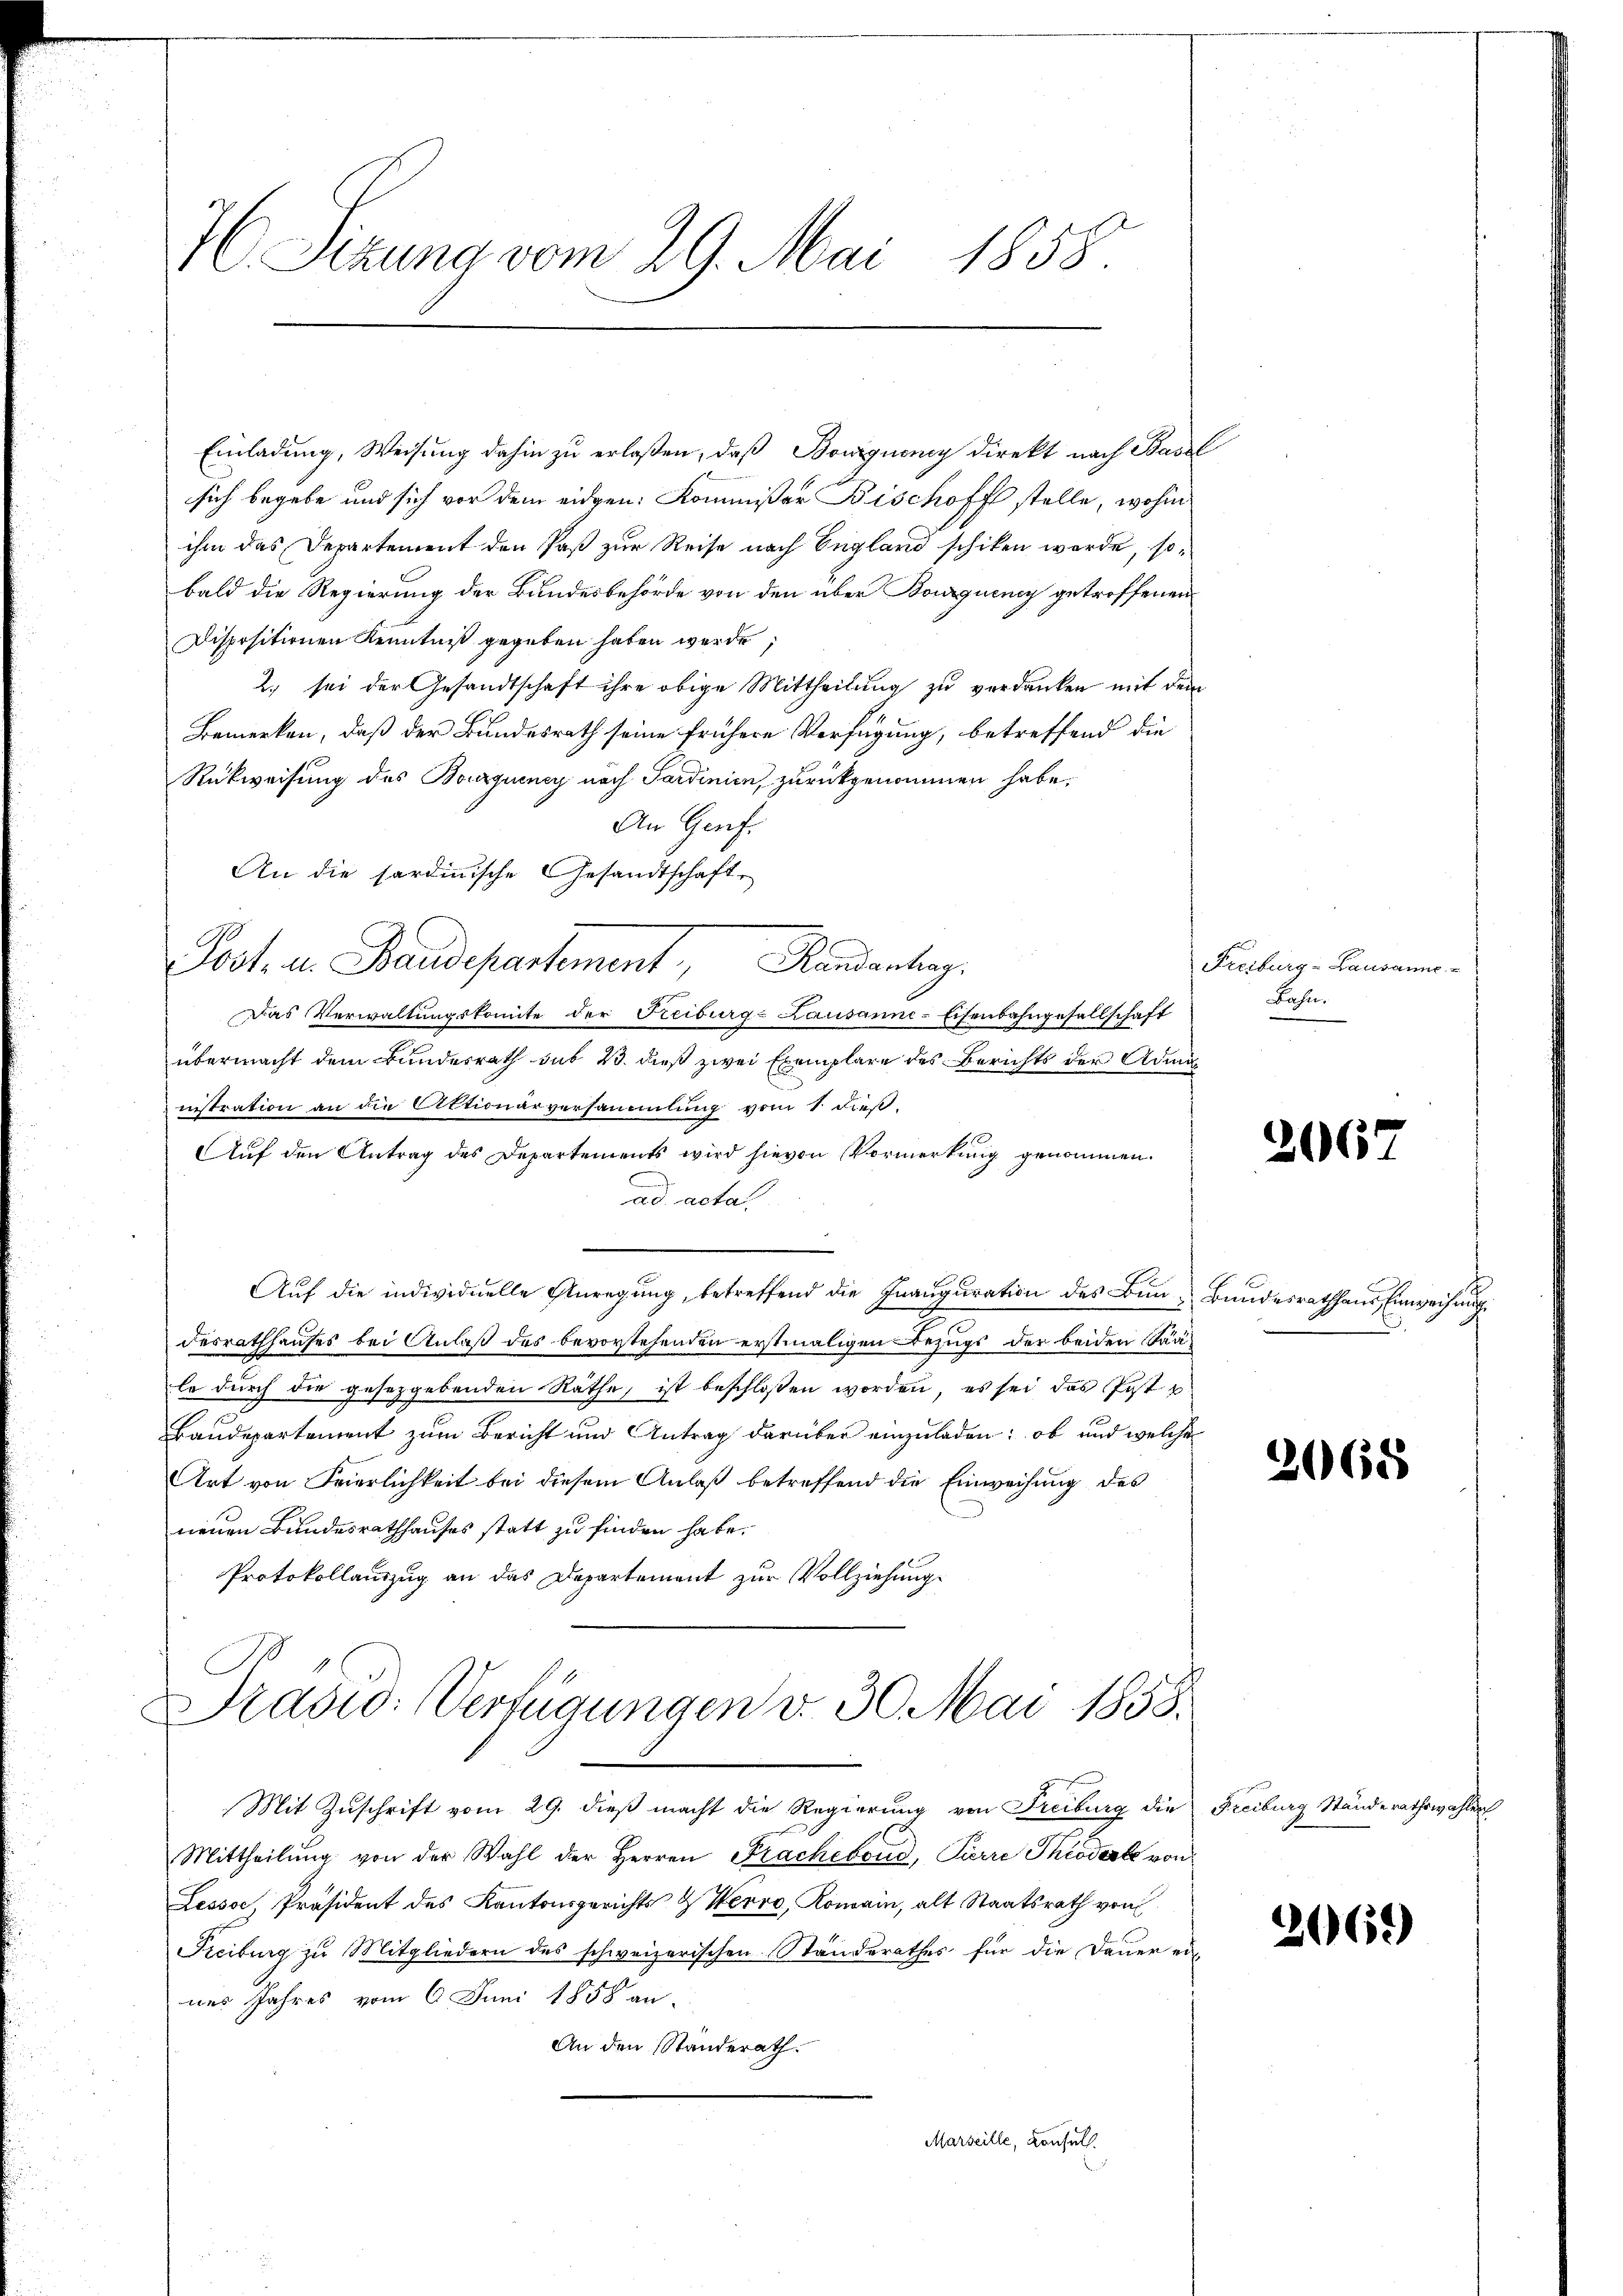
76 Sizung vom 29. Mai 1858

Einladung, Weisung dahin zu erlaßen, daß Bouignung direkt nach Basel
sich begebe und sich vor dem eidgen: Kommißar Bischoff stelle, wohin
ihm das Departement den Paß zur Reise nach England schiken werde, sobald die Regierung der Bundesbehörde von den über Bouquenz getroffenen
Dispositionen Kenntniß gegeben haben werde;
2., sei der Gesandtschaft ihre obige Mittheilung zu verdanken mit dem
Bemerken, daß der Bundesrath seine frühere Verfügung, betreffend die
Rückweisung des Bourquensy nach Sardinien, zurückgenommen habe.
An Genf.
An die sardinische Gesandtschaft
Post. u. Staudepartement, Randenhag
Das Verwaltungskomite der Freiburg-Lausanne-Eisenbahngesellschaft
übermacht dem Bundesrath sub 23. dieß zwei Exemplare des Berichts der Adminnistration an die Aktionärversammlung vom 1. dieß,
Auf den Antrag des Departements wird hievon Vormerkung genommen.
ad acta.
Aŭf die individuelle Anregŭng, betreffend die Inauguration des Bun- Bundesrathhaus Einweisung.
desrathhauses bei Anlaß des bevorstehenden erstmaligen Bezugs der beiden Sääle durch die gesetzgebenden Räthe, ist beschloßen worden, es sei das Post u
Baudepartement zum Bericht und Antrag darüber einzuladen: ob und welche
Art von Feierlichkeit bei diesem Anlaß betreffend die Einweisung des
neuen Bundesrathhauses statt zu finden habe.
Protokollauszug an das Departement zur Vollziehung
Prasid: Verfügungen v. 30. Mai 1858.
Mit Zuschrift vom 29. dieß macht die Regierung von Freiburg die Freiburg Ständerathswahlen,
Mittheilŭng von der Wahl der Herren Fracheboud, Parre Theodor von
Lessor, Präsident des Kantonsgerichts & Herre, Romain, alt Staatsrath von
Freiburg zu Mitgliedern des schweizerischen Standerathes für die Dauer ei-
nes Jahres vom 6. Juni 1858 an.
An den Standerath.
Marseille, Konsuls.

Freiburg-Lausanne
Bahn.

2067

2068

2669